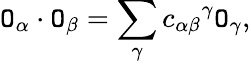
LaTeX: {\cal\mathtt{O}}_{\alpha}\cdot{\cal\mathtt{O}}_{\beta}=\sum_{\gamma}{c_{\alpha\beta}}^{\gamma}{\cal\mathtt{O}}_{\gamma},